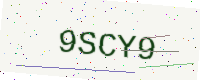
Text: 9SCY9